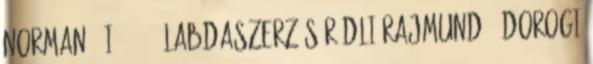
Norman 6 I. 00:23 Labdaszerzés Rádli Rajmund 2 Dorogi